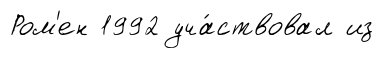
Ром'ен 1992 уча́ствовал из